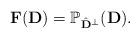
LaTeX: \begin{align*}\mathbf{F}(\mathbf{D}) = \mathbb{P}_{\hat{\mathbf{D}}^{\perp}}(\mathbf{D}).\end{align*}